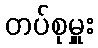
တပ်စုမှူး